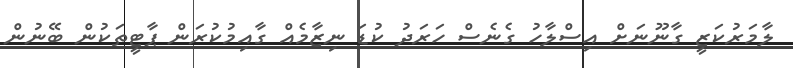
ލާމަރުކަޒީ ގާނޫނަށް އިސްލާހު ގެނެސް ހަރަދު ކުޑަ ނިޒާމެއް ގާއިމުކުރަން ޕާޓީތަކުން ބޭނުން